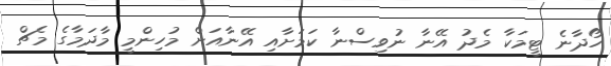
ހޯދާނެ ޓީމަކާ މެދު އޭނާ ނުވިސްނާ ކަމަށާއި އޭނާއަށް މުހިންމީ މާދަމާގެ މެޗް